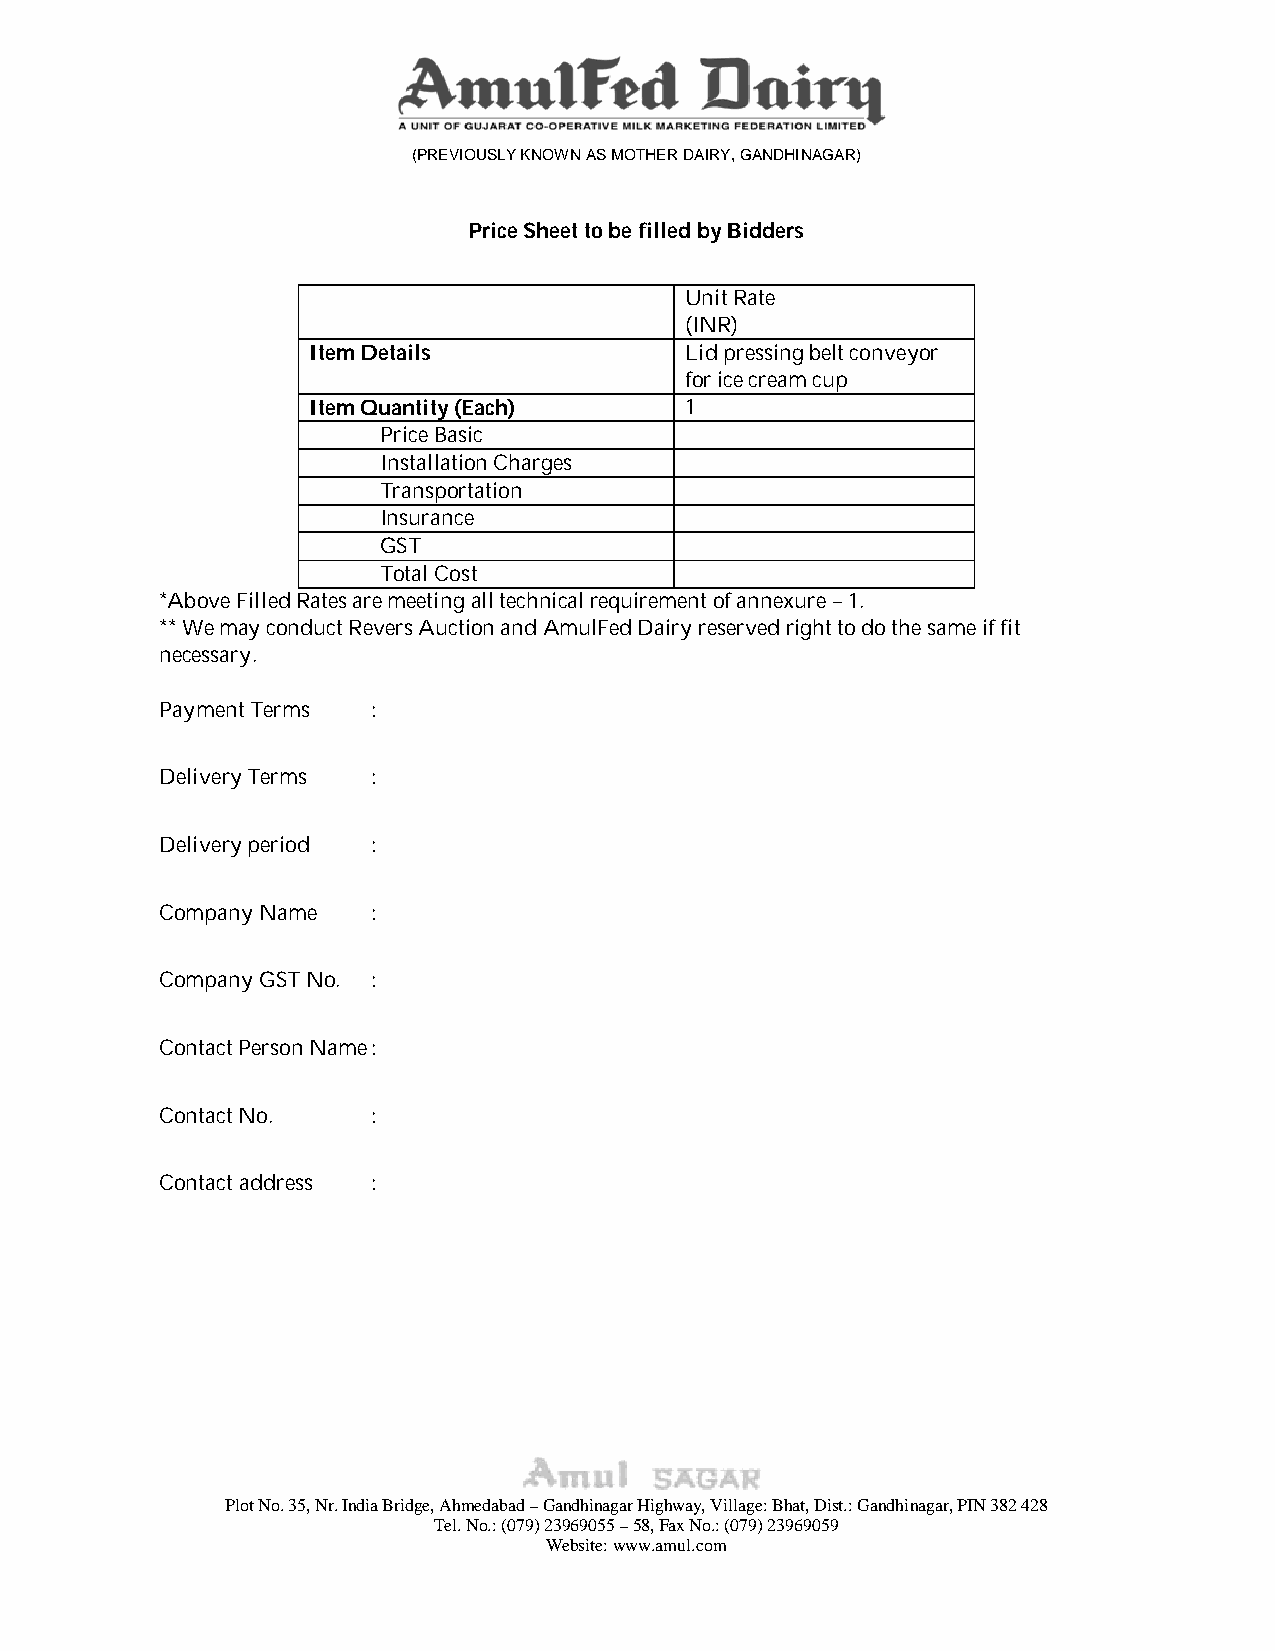
(PREVIOUSLY KNOWN AS MOTHER DAIRY, GANDHINAGAR)
 Price Sheet to be filled by Bidders
 Unit Rate
 (INR)
 Item Details             Lid pressing belt conveyor
 for ice cream cup
 Item Quantity (Each)     1
 Price Basic
 Installation Charges
 Transportation
 Insurance
 GST
 Total Cost
 *Above Filled Rates are meeting all technical requirement of annexure – 1.
 ** We may conduct Revers Auction and AmulFed Dairy reserved right to do the same if fit
 necessary.
 Payment Terms :
 Delivery Terms :
 Delivery period :
 Company Name  :
 Company GST No. :
 Contact Person Name :
 Contact No.   :
 Contact address :
 Plot No. 35, Nr. India Bridge, Ahmedabad – Gandhinagar Highway, Village: Bhat, Dist.: Gandhinagar, PIN 382 428
 Tel. No.: (079) 23969055 – 58, Fax No.: (079) 23969059
 Website: www.amul.com